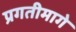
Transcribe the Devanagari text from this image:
प्रगतीमागे